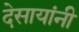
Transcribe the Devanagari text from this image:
देसायांनी